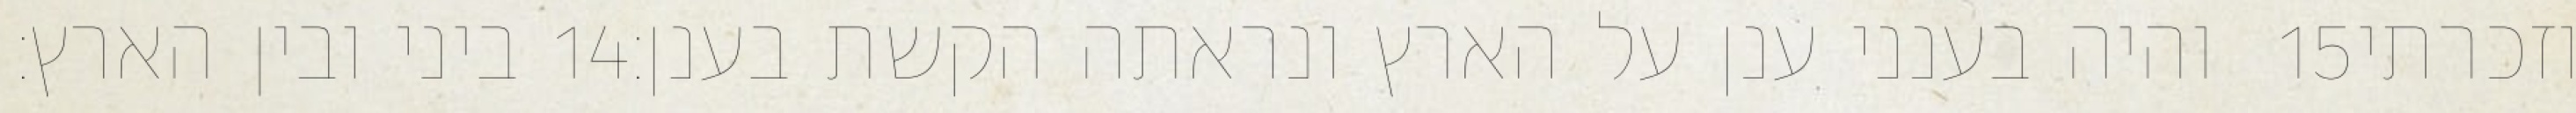
ביני ובין הארץ׃ ‎14‏ והיה בענני ענן על הארץ ונראתה הקשת בענן׃ ‎15‏ וזכרתי